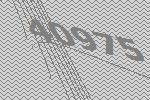
40975